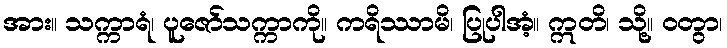
အား။ သက္ကာရံ၊ ပူဇော်သက္ကာကို။ ကရိဿာမိ၊ ပြုပါအံ့။ ဣတိ၊ သို့။ ဝတွာ၊